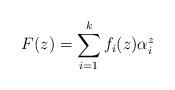
LaTeX: \begin{align*}F(z)=\sum_{i=1}^{k}f_i(z)\alpha_i^z\end{align*}